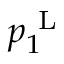
p _ { 1 } ^ { \mathrm { ~ L ~ } }